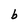
Character: b